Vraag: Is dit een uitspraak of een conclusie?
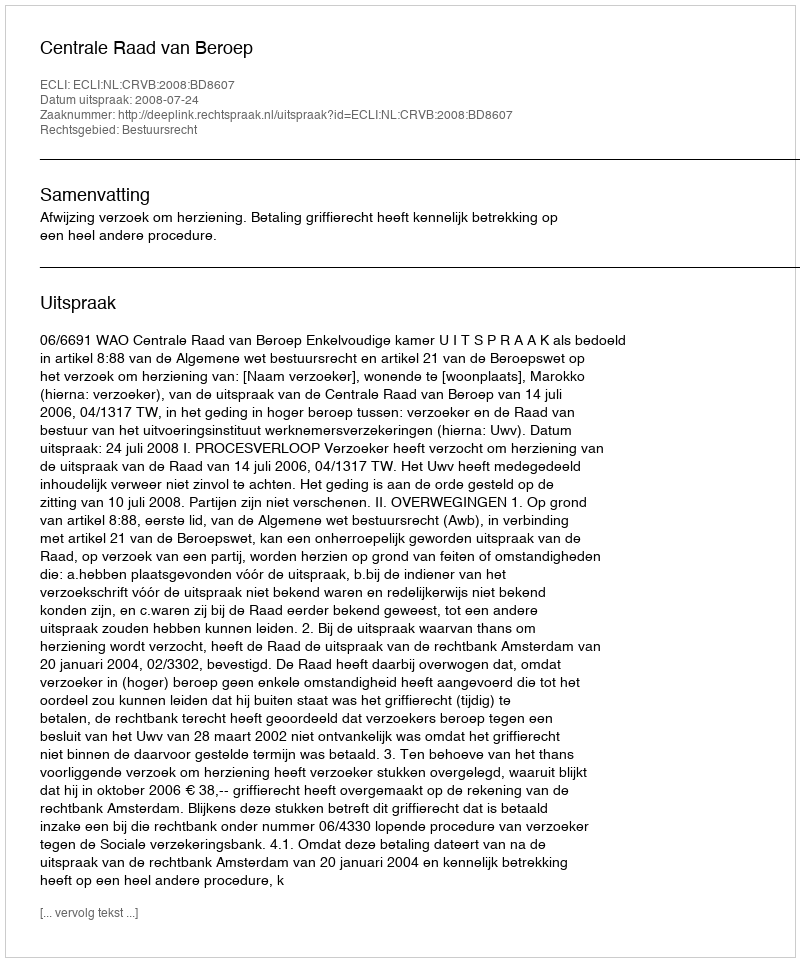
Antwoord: Uitspraak